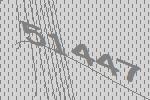
51447